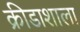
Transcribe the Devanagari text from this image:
क्रीडाशाला